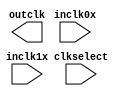
// megafunction wizard: %ALTCLKCTRL%VBB%
// GENERATION: STANDARD
// VERSION: WM1.0
// MODULE: altclkctrl 

// ============================================================
// Megafunction Name(s):
// 			altclkctrl
//
// Simulation Library Files(s):
// 			arriagx
// ============================================================
// ************************************************************
// THIS IS A WIZARD-GENERATED FILE. DO NOT EDIT THIS FILE!
//
// 11.1 Build 259 01/25/2012 SP 2.11 SJ Full Version
// ************************************************************

//Copyright (C) 1991-2011 Altera Corporation
//Your use of Altera Corporation's design tools, logic functions 
//and other software and tools, and its AMPP partner logic 
//functions, and any output files from any of the foregoing 
//(including device programming or simulation files), and any 
//associated documentation or information are expressly subject 
//to the terms and conditions of the Altera Program License 
//Subscription Agreement, Altera MegaCore Function License 
//Agreement, or other applicable license agreement, including, 
//without limitation, that your use is for the sole purpose of 
//programming logic devices manufactured by Altera and sold by 
//Altera or its authorized distributors.  Please refer to the 
//applicable agreement for further details.

module CK40_MUX (
	clkselect,
	inclk0x,
	inclk1x,
	outclk)/* synthesis synthesis_clearbox = 1 */;

	input	  clkselect;
	input	  inclk0x;
	input	  inclk1x;
	output	  outclk;
`ifndef ALTERA_RESERVED_QIS
// synopsys translate_off
`endif
	tri0	  clkselect;
`ifndef ALTERA_RESERVED_QIS
// synopsys translate_on
`endif

endmodule

// ============================================================
// CNX file retrieval info
// ============================================================
// Retrieval info: PRIVATE: INTENDED_DEVICE_FAMILY STRING "Arria GX"
// Retrieval info: PRIVATE: SYNTH_WRAPPER_GEN_POSTFIX STRING "0"
// Retrieval info: PRIVATE: clock_inputs NUMERIC "2"
// Retrieval info: CONSTANT: INTENDED_DEVICE_FAMILY STRING "Arria GX"
// Retrieval info: CONSTANT: USE_GLITCH_FREE_SWITCH_OVER_IMPLEMENTATION STRING "OFF"
// Retrieval info: CONSTANT: clock_type STRING "AUTO"
// Retrieval info: USED_PORT: clkselect 0 0 0 0 INPUT GND "clkselect"
// Retrieval info: USED_PORT: inclk0x 0 0 0 0 INPUT NODEFVAL "inclk0x"
// Retrieval info: USED_PORT: inclk1x 0 0 0 0 INPUT NODEFVAL "inclk1x"
// Retrieval info: USED_PORT: outclk 0 0 0 0 OUTPUT NODEFVAL "outclk"
// Retrieval info: CONNECT: @clkselect 0 0 1 1 GND 0 0 0 0
// Retrieval info: CONNECT: @clkselect 0 0 1 0 clkselect 0 0 0 0
// Retrieval info: CONNECT: @ena 0 0 0 0 VCC 0 0 0 0
// Retrieval info: CONNECT: @inclk 0 0 2 2 GND 0 0 2 0
// Retrieval info: CONNECT: @inclk 0 0 1 0 inclk0x 0 0 0 0
// Retrieval info: CONNECT: @inclk 0 0 1 1 inclk1x 0 0 0 0
// Retrieval info: CONNECT: outclk 0 0 0 0 @outclk 0 0 0 0
// Retrieval info: GEN_FILE: TYPE_NORMAL CK40_MUX.v TRUE
// Retrieval info: GEN_FILE: TYPE_NORMAL CK40_MUX.inc FALSE
// Retrieval info: GEN_FILE: TYPE_NORMAL CK40_MUX.cmp FALSE
// Retrieval info: GEN_FILE: TYPE_NORMAL CK40_MUX.bsf FALSE
// Retrieval info: GEN_FILE: TYPE_NORMAL CK40_MUX_inst.v FALSE
// Retrieval info: GEN_FILE: TYPE_NORMAL CK40_MUX_bb.v TRUE
// Retrieval info: LIB_FILE: arriagx